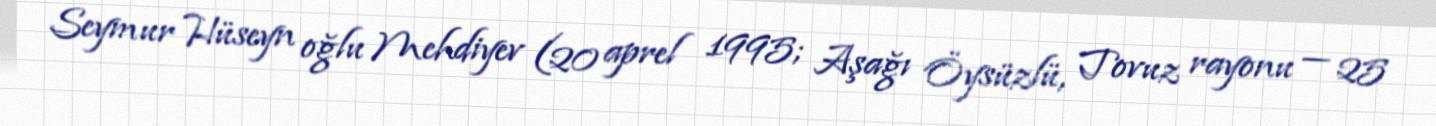
Seymur Hüseyn oğlu Mehdiyev (20 aprel 1995; Aşağı Öysüzlü, Tovuz rayonu — 25